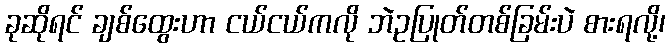
ခုဆိုရင် ချစ်ထွေးဟာ ငယ်ငယ်ကလို ဘဲဥပြုတ်တစ်ခြမ်းပဲ စားရလို့၊